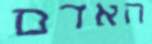
האדם